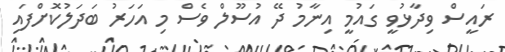
ރައީސް ވިދާޅުވީ ގައުމީ އިނާމު ދޭ އުސޫލް ވެސް މި އަހަރު ބަދަލުކޮށްފައި